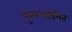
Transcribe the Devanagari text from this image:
पुनरआरंभित